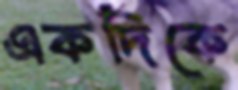
একদিকে